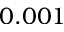
0 . 0 0 1